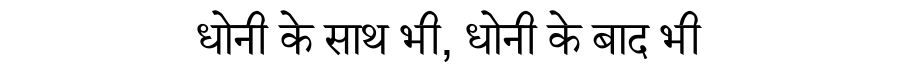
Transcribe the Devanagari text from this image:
धोनी के साथ भी, धोनी के बाद भी